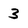
Character: 3